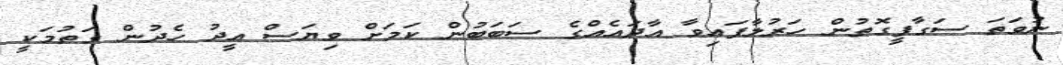
ނުވަތަ ސަގާފީގޮތުން ހަރުލާފައިވާ އާދައެއްގެ ސަބަބުން ކަމަށް ވިޔަސް އީދު ހެދުން ގަތުމަކީ